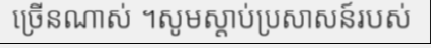
ច្រើនណាស់ ។សូមស្តាប់ប្រសាសន៍របស់